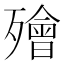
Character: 𣩮